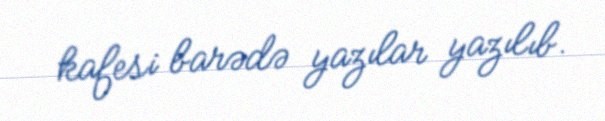
kafesi barədə yazılar yazılıb.